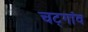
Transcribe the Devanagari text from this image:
चट्गांव